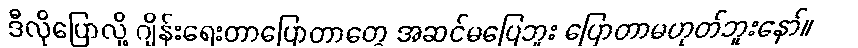
ဒီလိုပြောလို့ ဂျိန်းရေးတာပြောတာတွေ အဆင်မပြေဘူး ပြောတာမဟုတ်ဘူးနော်။